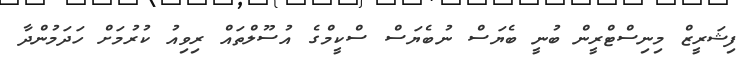
ފިޝަރީޒް މިނިސްޓްރީން ބުނީ ބެޔަސް ނުބެޔަސް ސްކީމްގެ އުސޫލްތައް ރިވިއު ކުރުމަށް ހަދަމުންދާ